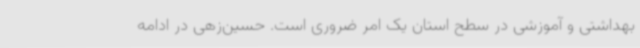
بهداشتی و آموزشی در سطح استان یک امر ضروری است. حسین‌زهی در ادامه